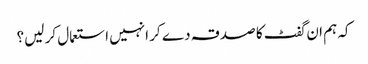
کہ ہم ان گفٹ کا صدقہ دے کر انہیں استعمال کر لیں؟